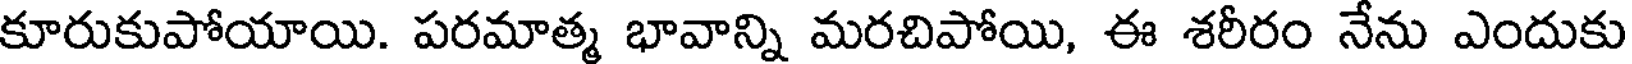
కూరుకుపోయాయి. పరమాత్మ భావాన్ని మరచిపోయి, ఈ శరీరం నేను ఎందుకు